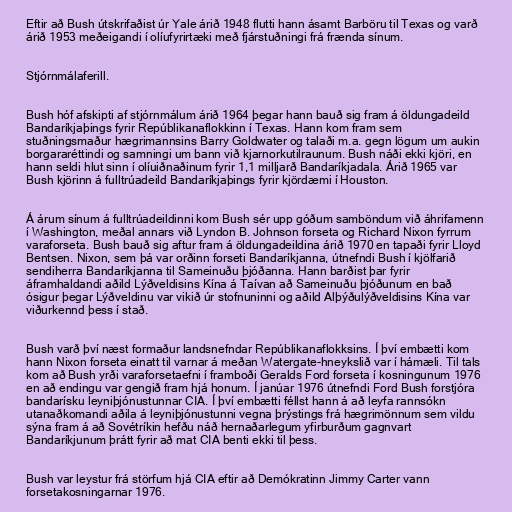
Eftir að Bush útskrifaðist úr Yale árið 1948 flutti hann ásamt Barböru til Texas og varð
árið 1953 meðeigandi í olíufyrirtæki með fjárstuðningi frá frænda sínum.

Stjórnmálaferill.

Bush hóf afskipti af stjórnmálum árið 1964 þegar hann bauð sig fram á öldungadeild
Bandaríkjaþings fyrir Repúblikanaflokkinn í Texas. Hann kom fram sem
stuðningsmaður hægrimannsins Barry Goldwater og talaði m.a. gegn lögum um aukin
borgararéttindi og samningi um bann við kjarnorkutilraunum. Bush náði ekki kjöri, en
hann seldi hlut sinn í olíuiðnaðinum fyrir 1,1 milljarð Bandaríkjadala. Árið 1965 var
Bush kjörinn á fulltrúadeild Bandaríkjaþings fyrir kjördæmi í Houston.

Á árum sínum á fulltrúadeildinni kom Bush sér upp góðum samböndum við áhrifamenn
í Washington, meðal annars við Lyndon B. Johnson forseta og Richard Nixon fyrrum
varaforseta. Bush bauð sig aftur fram á öldungadeildina árið 1970 en tapaði fyrir Lloyd
Bentsen. Nixon, sem þá var orðinn forseti Bandaríkjanna, útnefndi Bush í kjölfarið
sendiherra Bandaríkjanna til Sameinuðu þjóðanna. Hann barðist þar fyrir
áframhaldandi aðild Lýðveldisins Kína á Taívan að Sameinuðu þjóðunum en bað
ósigur þegar Lýðveldinu var vikið úr stofnuninni og aðild Alþýðulýðveldisins Kína var
viðurkennd þess í stað.

Bush varð því næst formaður landsnefndar Repúblikanaflokksins. Í því embætti kom
hann Nixon forseta einatt til varnar á meðan Watergate-hneykslið var í hámæli. Til tals
kom að Bush yrði varaforsetaefni í framboði Geralds Ford forseta í kosningunum 1976
en að endingu var gengið fram hjá honum. Í janúar 1976 útnefndi Ford Bush forstjóra
bandarísku leyniþjónustunnar CIA. Í því embætti féllst hann á að leyfa rannsókn
utanaðkomandi aðila á leyniþjónustunni vegna þrýstings frá hægrimönnum sem vildu
sýna fram á að Sovétríkin hefðu náð hernaðarlegum yfirburðum gagnvart
Bandaríkjunum þrátt fyrir að mat CIA benti ekki til þess.

Bush var leystur frá störfum hjá CIA eftir að Demókratinn Jimmy Carter vann
forsetakosningarnar 1976.